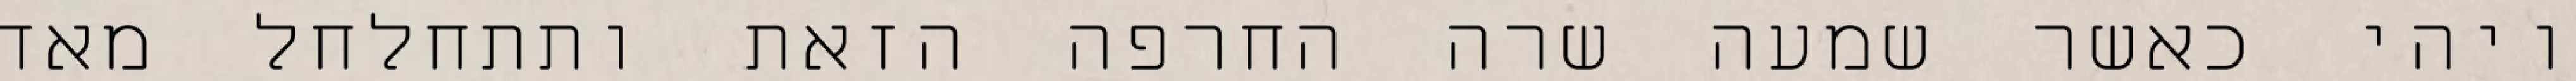
ויהי כאשר שמעה שרה החרפה הזאת ותתחלחל מאד